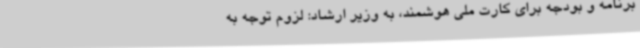
برنامه و بودجه برای کارت ملی هوشمند، به وزیر ارشاد: لزوم توجه به